Regulations for the medical services of the Army of India
Year: 1930
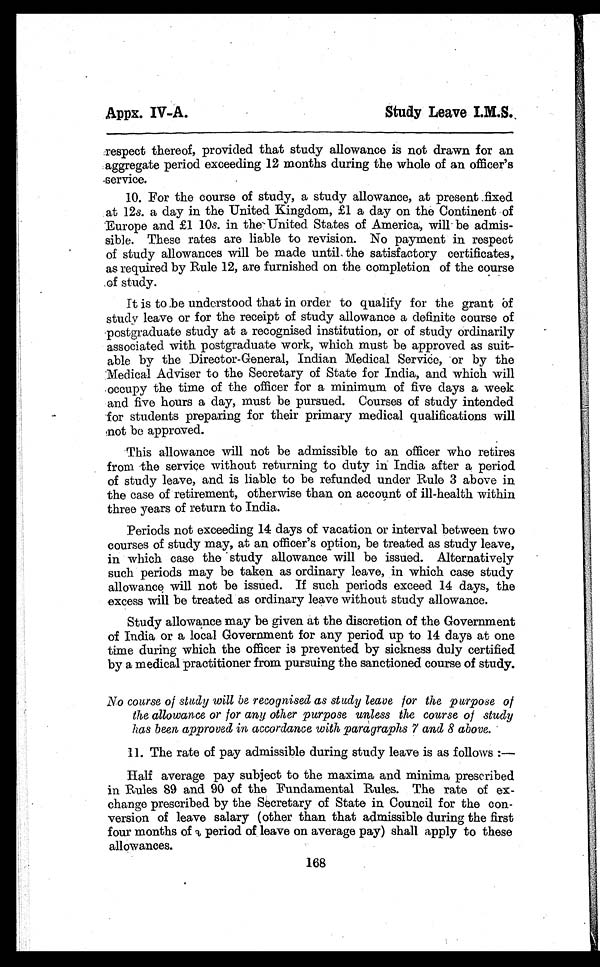
Apps. IV-A.
Study Leave I.M.S..
respect thereof, provided that study allowance is not drawn for an
aggregate period exceeding 12 months during the whole of an officer’s
service.
10.For the course of study, a study allowance, at present fixed
at 12s. a day in the United Kingdom, £1 a day on the Continent of
Europe and £1 10s. in the United States of America, will be admis-
sible. These rates are liable to revision. No payment in respect
of study allowances will be made until. the satisfactory certificates,
as required by Rule 12, are furnished on the completion of the course
of study.
I t i s t o b e u n d e r s t o o d t h a t i n o r d e r t o q u a l i f y f o r t h e g r a n t o f
study leave or for the receipt of study allowance a definite course of
postgraduate study at a recognised institution, or of study ordinarily
associated with postgraduate work, which must be approved as suit-
able by the Director-General, Indian Medical Service, or by the
Medical Adviser to the Secretary of State for India, and which will
occupy the time of the officer for a minimum of five days a week
and five hours a day, must be pursued. Courses of study intended
for students preparing for their primary medical qualifications will
mot be approved.
This allowance will not be admissible to an officer who retires
from the service without returning to duty in India after a period
of study leave, and is liable to be refunded under Rule 3 above in
the case of retirement, otherwise than on account of ill-health within
three years of return to India.
Periods not exceeding 14 days of vacation or interval between two
courses of study may, at an officer’s option, be treated as study leave,
in which case the study allowance will be issued. Alternatively
such periods may be taken as ordinary leave, in which case study
allowance will not be issued. If such periods exceed 14 days, the
excess will be treated as ordinary leave without study allowance.
Study allowance may be given at the discretion of the Government
of India or a local Government for any period up to 14 days at one
time during which the officer is prevented by sickness duly certified
by a medical practitioner from pursuing the sanctioned course of study.
No course of study will be recognised as study leave for the purpose of
the allowance or for any other purpose unless the course of study
has been approved in accordance with paragraphs 7 and 8 above.
11.The rate of pay admissible during study leave is as follows :
—
Half average pay subject to the maxima and minima prescribed
in Rules 89 and 90 of the Fundamental Rules. The rate of ex-
change prescribed by the Secretary of State in Council for the con-
version of leave salary (other than that admissible during the first
four months of period of leave on average pay) shall apply to these
allowances.
168